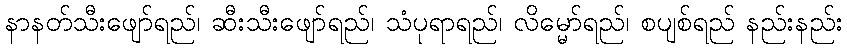
နာနတ်သီးဖျော်ရည်၊ ဆီးသီးဖျော်ရည်၊ သံပုရာရည်၊ လိမ္မော်ရည်၊ စပျစ်ရည် နည်းနည်း